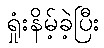
ရှုံးနိမ့်ခဲ့ပြီး